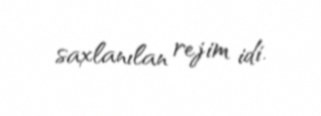
saxlanılan rejim idi.